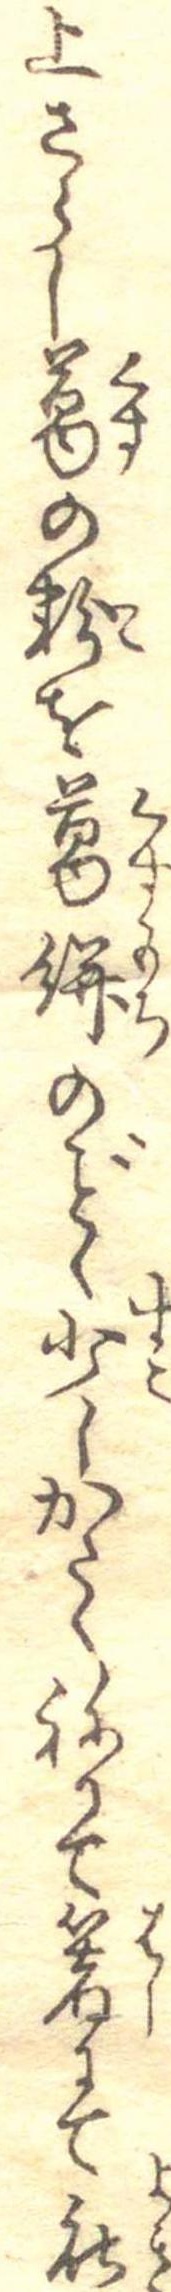
上さらし葛の粉を葛餅のく少しかたくねりて箸にて能